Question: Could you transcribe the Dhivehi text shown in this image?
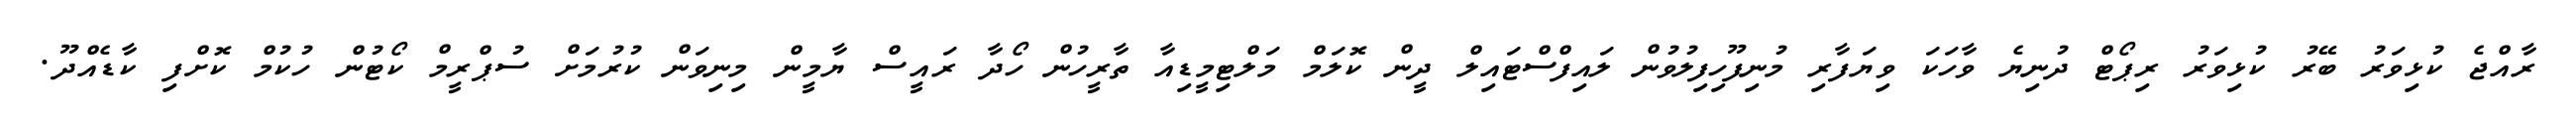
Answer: ރާއްޖެ ކުޅިވަރު ބޭރު ކުޅިވަރު ރިޕޯޓް ދުނިޔެ ވާހަކަ ވިޔަފާރި މުނިފޫހިފިލުވުން ލައިފްސްޓައިލް ދީން ކޮލަމް މަލްޓިމީޑިއާ ތާރީހުން ހޯދާ ރައީސް ޔާމީން މިނިވަން ކުރުމަށް ސުޕްރީމް ކޯޓުން ހުކުމް ކޮށްފި ކާޑެއްދޫ.